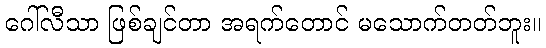
ဂေါ်လီသာ ဖြစ်ချင်တာ အရက်တောင် မသောက်တတ်ဘူး။